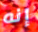
إنه